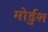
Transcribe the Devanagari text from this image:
मोर्डुश